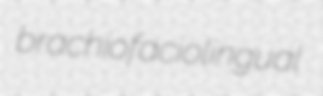
brachiofaciolingual